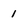
Character: 1